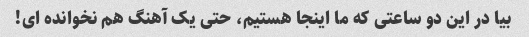
بیا در این دو ساعتی که ما اینجا هستیم، حتی یک آهنگ هم نخوانده ای!